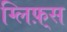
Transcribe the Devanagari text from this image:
ग्लिफ़्स